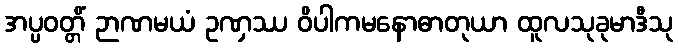
အပ္ပဝတ္တိံ ဉာဏမယံ ဥဏှဿ ဝိပါကမနောဓာတုယာ ထူလသုခုမာဒီသု